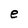
Character: e